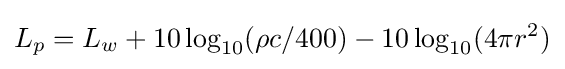
L_{p}=L_{w}+10\log _{10}(\rho c/400)-10\log _{10}(4\pi r^{2})